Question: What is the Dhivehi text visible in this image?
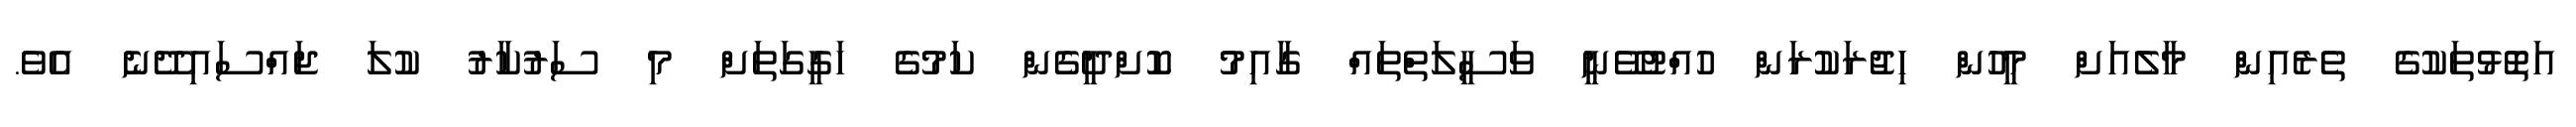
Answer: އަތޮޅުތަކުގެ ތެރެއިން މާލެއަށް މީހުން ހިޖުރަކުރަން ހުއްޓުވޭނީ ވަސީލަތްތައް ގާއިމު ކޮށްދީގެން ކަމުގެ ހަގީގަތަށް މި ސަރުކާރު ކުލަ ޖައްސައިދޭނެ އެވެ.